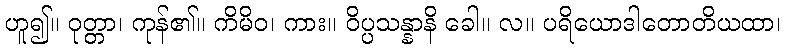
ဟူ၍။ ဝုတ္တာ၊ ကုန်၏။ ကိမိဝ၊ ကား။ ဝိပ္ပသန္နာနိ ခေါ။ လ။ ပရိယောဒါတောတိယထာ၊